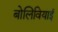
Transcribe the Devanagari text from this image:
बोलिवियाई